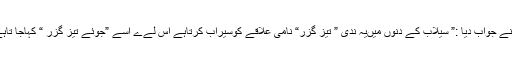
اس نے جواب دیا :” سیلاب کے دنوں میںیہ ندی ” تیز گزر“ نامی علاقے کوسیراب کرتاہے اس لےے اسے ”جوئے تیز گزر “ کہاجا تاہے“ ۔